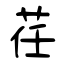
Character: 荏